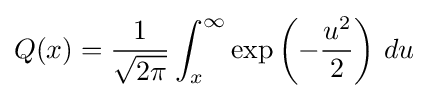
Q(x)={\frac {1}{\sqrt {2\pi }}}\int _{x}^{\infty }\exp \left(-{\frac {u^{2}}{2}}\right)\,du